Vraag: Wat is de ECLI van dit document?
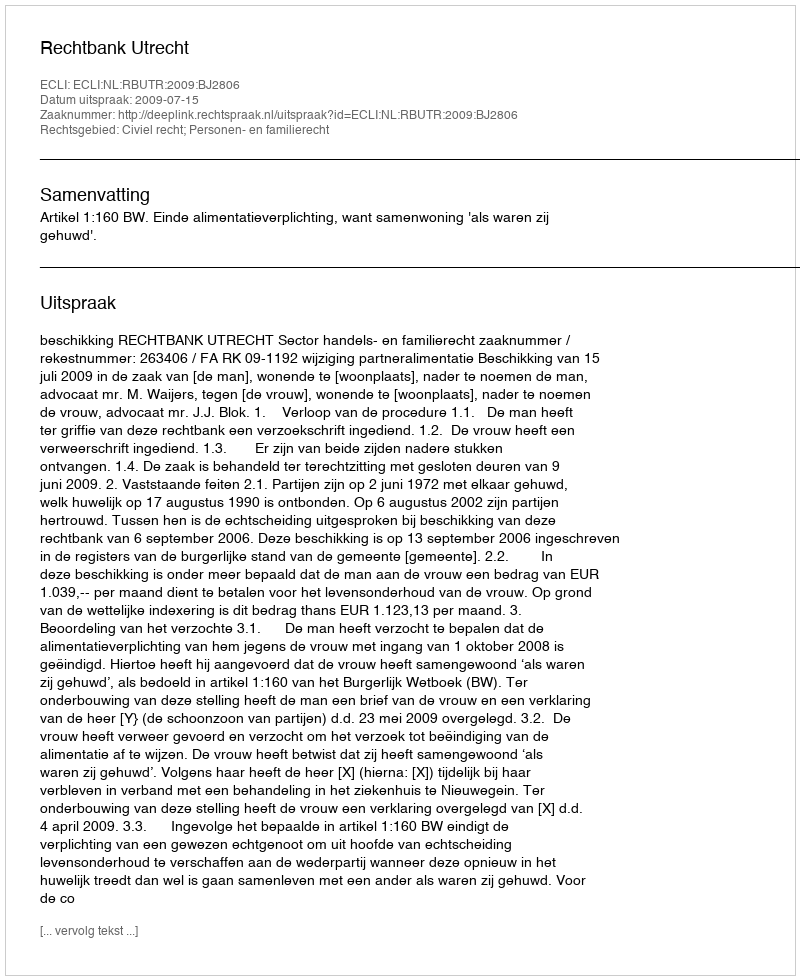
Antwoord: ECLI:NL:RBUTR:2009:BJ2806